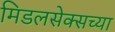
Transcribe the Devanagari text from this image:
मिडलसेक्सच्या